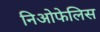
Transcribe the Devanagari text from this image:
निओफेलिस